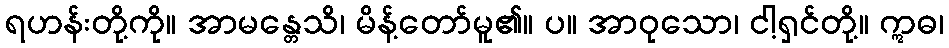
ရဟန်းတို့ကို။ အာမန္တေသိ၊ မိန့်တော်မူ၏။ ပ။ အာဝုသော၊ ငါ့ရှင်တို့။ ဣဓ၊